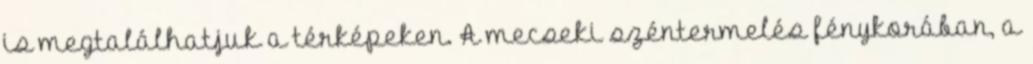
is megtalálhatjuk a térképeken. A mecseki széntermelés fénykorában, a